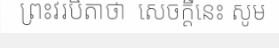
ព្រះវរបិតាថា  សេចក្តីនេះ សូម